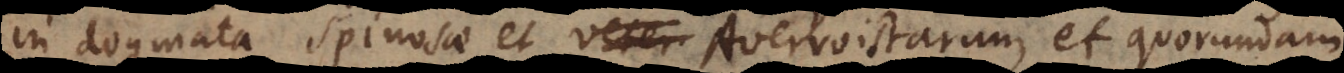
in dogmata Spinosae et veter Averroistarum, et quorundam